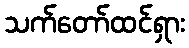
သက်တော်ထင်ရှား